Leprosy in India: report of the Leprosy Commission in India, 1890-91
Year: 1890
Disease focus: Leprosy
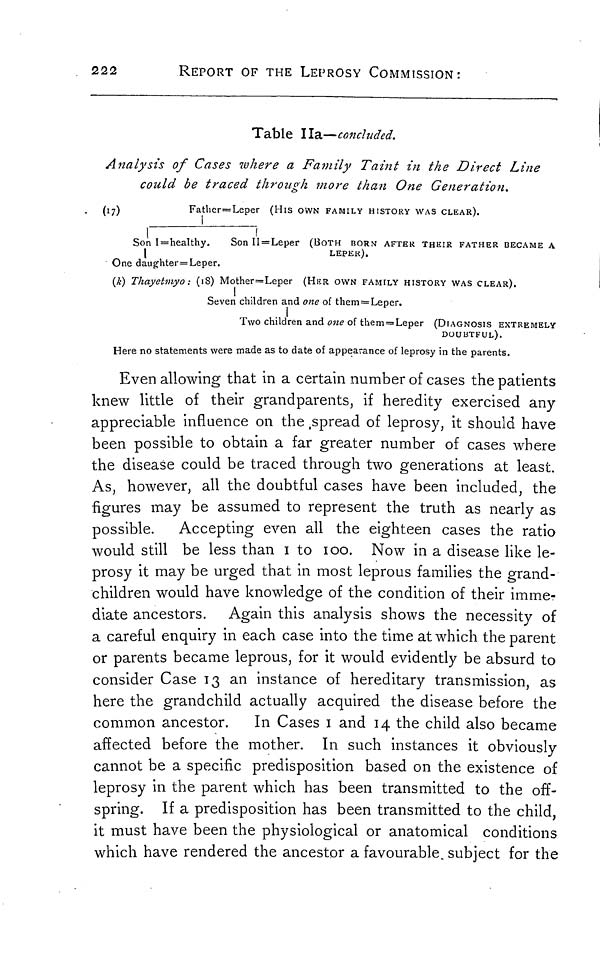
222
REPORT OF THE LEPROSY COMMISSION:
Table 11a—concluded.
Analysis of Cases where a Family Taint in the Direct Line
could be traced through more than One Generation.
(17)
Father=Leper (His OWN FAMILY HISTORY WAS CLEAR).
Son I=healthy.
Son II = Leper (BOTH BORN AFTER THEIR FATHER BECAME A
LEPER).
One daughter=Leper.
(k) Thayetmyo : (18) Mother=Leper
(HER OWN FAMILY HISTORY WAS CLEAR).
Seven children and one of them = Leper.
Two children and one of them = Leper (DIAGNOSIS EXTREMELY
DOUBTFUL).
Here no statements were made as to date of appearance of leprosy in the parents.
Even allowing that in a certain number of cases the patients
knew little of their grandparents, if heredity exercised any
appreciable influence on the spread of leprosy, it should have
been possible to obtain a far greater number of cases where
the disease could be traced through two generations at least.
As, however, all the doubtful cases have been included, the
figures may be assumed to represent the truth as nearly as
possible. Accepting even all the eighteen cases the ratio
would still be less than 1 to 100. Now in a disease like le-
prosy it may be urged that in most leprous families the grand-
children would have knowledge of the condition of their imme-
diate ancestors. Again this analysis shows the necessity of
a careful enquiry in each case into the time at which the parent
or parents became leprous, for it would evidently be absurd to
consider Case 13 an instance of hereditary transmission, as
here the grandchild actually acquired the disease before the
common ancestor.
In Cases 1 and 14 the child also became
affected before the mother. In such instances it obviously
cannot be a specific predisposition based on the existence of
leprosy in the parent which has been transmitted to the off-
spring. If a predisposition has been transmitted to the child,
it must have been the physiological or anatomical conditions
which have rendered the ancestor a favourable subject for the